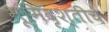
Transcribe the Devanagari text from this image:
भूमिदृश्तीचे